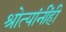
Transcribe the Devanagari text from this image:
श्रोत्यांनींही